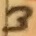
Text: 3